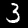
Label: 3